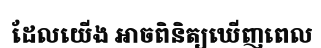
ដែលយើង អាចពិនិត្យឃើញពេល